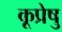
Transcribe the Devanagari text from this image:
कूप्रेषु